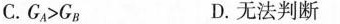
C.G_{A}>G_{D}.无法判断